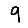
Digit: 9